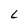
Character: L